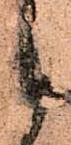
候